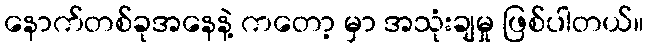
နောက်တစ်ခုအနေနဲ့ ကတော့ မှာ အသုံးချမှု ဖြစ်ပါတယ်။